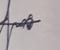
Signature authenticity: forged